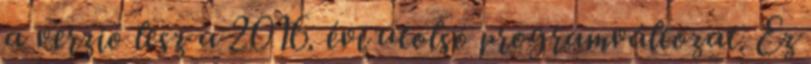
a verzió lesz a 2016. évi utolsó programváltozat. Ez